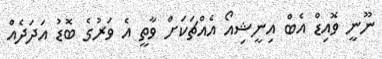
ނޫނީ ވޮއިޑް އެބް އިނީޝިއޯ އެއްޗަކަށް ވާތީ އެ ވަރުގެ ބޮޑު އަދަދެއް